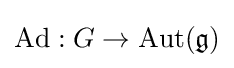
\mathrm {Ad} :G\to \mathrm {Aut} ({\mathfrak {g}})